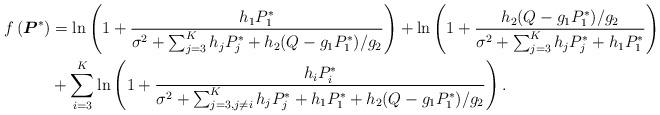
LaTeX: \begin{align*}f\left(\boldsymbol{P}^*\right)&=\ln\left(1+\frac{h_{1}P^*_1}{\sigma^2+\sum_{j=3}^Kh_{j}P^*_j+h_{2}(Q-g_1P^*_1)/g_2}\right)+\ln\left(1+\frac{h_{2}(Q-g_1P^*_1)/g_2}{\sigma^2+\sum_{j=3}^Kh_{j}P^*_j+h_{1}P^*_1}\right)\\&+\sum_{i=3}^K\ln\left(1+\frac{h_{i}P^*_i}{\sigma^2+\sum_{j=3, j\neq i}^Kh_{j}P^*_j+h_{1}P^*_1+h_{2}(Q-g_1P^*_1)/g_2}\right). \end{align*}